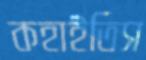
কহাইতিস